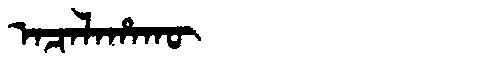
Manchu: ᠠᠴᠠᠯᠠᡥᠠᡴᡡ
Romanization: ACALAHAKŪ